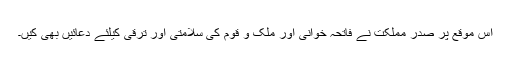
اس موقع پر صدر مملکت نے فاتحہ خوانی اور ملک و قوم کی سلامتی اور ترقی کیلئے دعائیں بھی کیں۔